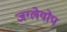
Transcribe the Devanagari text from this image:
जग्लेयोप